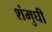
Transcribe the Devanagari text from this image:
शंमुघी